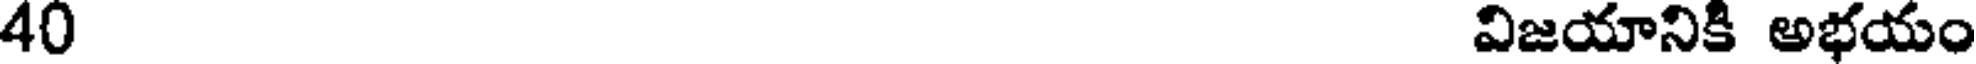
40 విజయానికి అభయం